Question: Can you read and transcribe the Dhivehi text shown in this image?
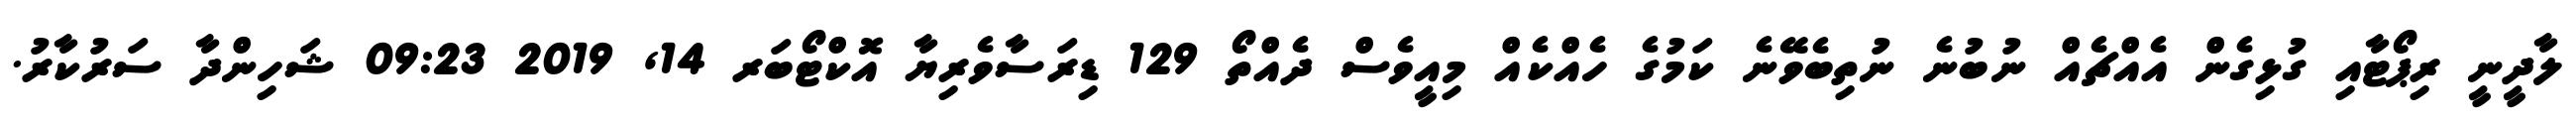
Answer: ލާދީނީ ރިޕޯޓާއި ގުޅިގެން އެއްޗެއް ނުބުނެ ނުތިބެވޭނެ ކަމުގެ ހެއްކެއް މިއީވެސް ދެއްތޯ 129 ޑިރަސާވެރިޔާ އޮކްޓޯބަރ 14, 2019 09:23 ޝަހިންދާ ސަރުކާރު.